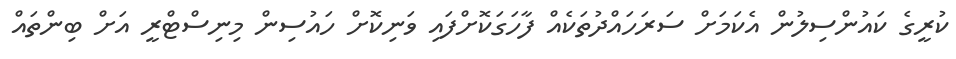
ކުރީގެ ކައުންސިލުން އެކަމަށް ސަރަހައްދުތަކެއް ފާހަގަކޮށްފައި ވަނިކޮށް ހައުސިން މިނިސްޓްރީ އަށް ބިންތައް